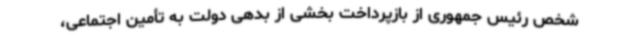
شخص رئیس ‌جمهوری از بازپرداخت بخشی از بدهی دولت به تأمین ‌اجتماعی،